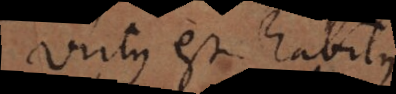
Virtus est habitus